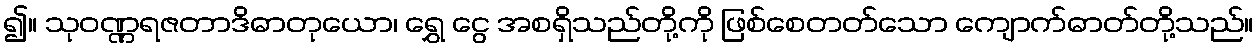
၍။ သုဝဏ္ဏရဇတာဒိဓာတုယော၊ ရွှေ ငွေ အစရှိသည်တို့ကို ဖြစ်စေတတ်သော ကျောက်ဓာတ်တို့သည်။